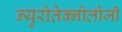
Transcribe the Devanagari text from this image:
न्युरोतेक्नोलोजी